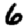
Digit: 6